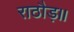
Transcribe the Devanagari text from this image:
राठौड़॥